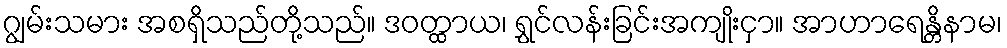
ဂျွမ်းသမား အစရှိသည်တို့သည်။ ဒဝတ္ထာယ၊ ရွှင်လန်းခြင်းအကျိုးငှာ။ အာဟာရေန္တိနာမ၊